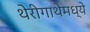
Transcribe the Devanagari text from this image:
थेरीगाथेमध्ये